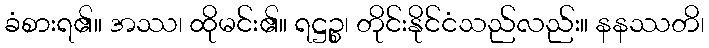
ခံစားရ၏။ အဿ၊ ထိုမင်း၏။ ရဋ္ဌဉ္စ၊ တိုင်းနိုင်ငံသည်လည်း။ နနဿတိ၊